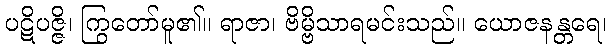
ပဋိပဇ္ဇိ၊ ကြွတော်မူ၏။ ရာဇာ၊ ဗိမ္ဗိသာရမင်းသည်။ ယောဇနန္တရေ၊